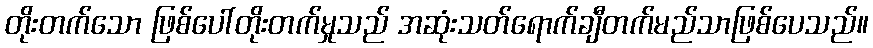
တိုးတက်သော ဖြစ်ပေါ်တိုးတက်မှုသည် အဆုံးသတ်ရောက်ချီတက်မည်သာဖြစ်ပေသည်။